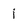
Character: i